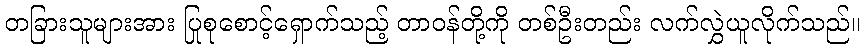
တခြားသူများအား ပြုစုစောင့်ရှောက်သည့် တာဝန်တို့ကို တစ်ဦးတည်း လက်လွှဲယူလိုက်သည်။